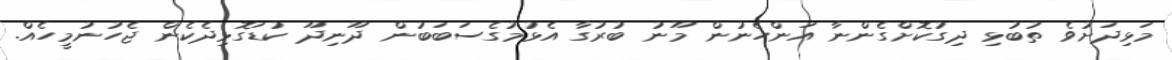
މަޅިދަށުވެ ތުބުޅި ދިގުކޮށްގެންނާ އަންހެނުން މޫނު ބުރުގާ އެޅުމުގެސަބަބުން ދޫނިދޫ ކުޑަގޮޅިދެކެން ޖެހުނުމީހެއް.